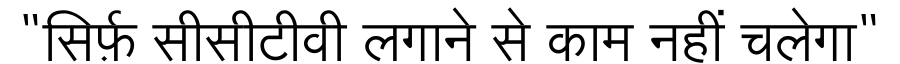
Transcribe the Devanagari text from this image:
"सिर्फ़ सीसीटीवी लगाने से काम नहीं चलेगा"